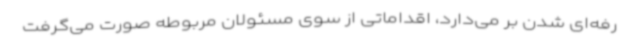
رفه‌ای شدن بر می‌دارد، اقداماتی از سوی مسئولان مربوطه صورت می‌گرفت